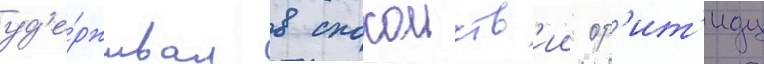
уд'е́рживал в спокоиств'ии ор'ит'иду